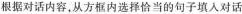
根据对话内容,从方框内选择恰当的句子填入对话